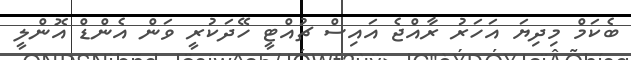
ބެކަމް މިދިޔަ އަހަރު ރާއްޖެ އައިސް ޗުއްޓީ ހޭދަކުރީ ވަން އެންޑް އޮންލީ